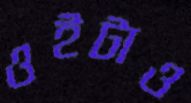
ওইটাও